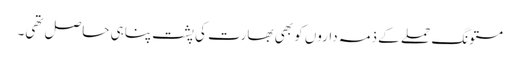
مستونگ حملے کے ذمہ داروں کو بھی بھارت کی پشت پناہی حاصل تھی۔